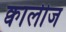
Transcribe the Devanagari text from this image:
क्वालीज